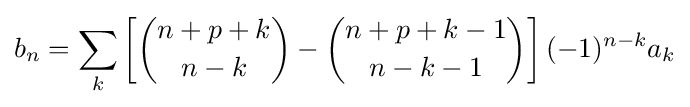
b_{n}=\sum _{k}\left[{\binom {n+p+k}{n-k}}-{\binom {n+p+k-1}{n-k-1}}\right](-1)^{n-k}a_{k}